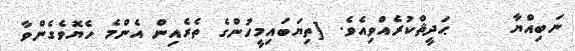
ނަބިއްޔާ     ޙަދީޘްކުރެއްވިއެވެ. [ތިޔަބައިމީހުންގެ ތެރެއިން އެންމެ ހެޔޮވެގެންވާ